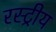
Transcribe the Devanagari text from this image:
रस्ट्रीय